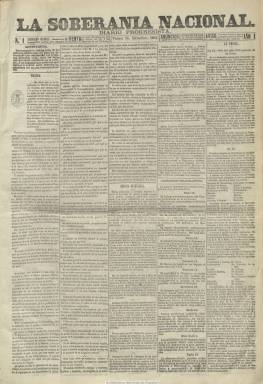
Título: La Soberanía nacional (Madrid. 1864)
Colección: Periódicos
Ámbito geográfico: Madrid
Lugar de publicación: Madrid
Fechas: 16/12/1864-21/06/1866

Fundado y dirigido por Ángel Fernández de los Ríos (1821-1880), aparece el 16 de diciembre de 1864 como “diario progresista”, subtítulo que más tarde desaparecerá de su cabecera. En su artículo de presentación señala que, como defensor del Partido Progresista y de sus ya históricas políticas reformistas, “vale tanto como condenarnos espontáneamente al martirio”, teniendo en cuenta las severas restricciones a la libertad de imprenta del último tramo del reinado isabelino, en donde se sucederán los gobiernos de la Unión Liberal y, más en concreto, el presidido por uno de sus líderes, el general Leopoldo O’Donell (1809-1867).

Este vespertino (que difundirá también ediciones para provincias) es un claro ejemplo de relación entre periodismo y política, dirigido por el que será un relevante miembro de la generación del 68, que dará paso a la última experiencia del revolucionarismo romántico del diecinueve. A Fernández de los Ríos le acompañan como redactores Guillermo Crespo, Eduardo de la Loma, Servando Ruiz Gómez y Eugenio María Hostos, que se retirará en julio de 1865. Como editor responsable aparece Francisco Quelle y Gutiérrez, que después será sustituido por Rufino García Izquierdo.

En ejemplares de cuatro páginas, compuestos a cinco columnas, comienza con un artículo de política, al que le siguen secciones como una revista extranjera, despachos telegráficos, la local, la de espectáculos, la bolsa de Madrid, asuntos varios o un boletín con noticias militares. En el faldón de sus páginas publica un folletín y la última plana la dedica a anuncios por palabras y publicidad comercial. El 23 de septiembre de 1865 su formato aumentará de tamaño.

Al mismo tiempo del pronunciamiento de los sargentos del cuartel de San Gil, el diario será suspendido, siendo el último número de la colección el 477, correspondiente al 21 de junio de 1866. Un tribunal militar dictará pena de muerte contra Fernández de los Ríos, quien es acusado de participar en la sublevación, junto a otros de sus redactores, por lo que tendrá que exiliarse a París, regresando en octubre de ese año para fundar y dirigir Los sucesos.

Cada domingo, Fernández de los Ríos publicará como complemento de su diario (que no aparecía ese día) un semanario con el subtítulo “Lecturas del hogar”, hasta su cese el septiembre de 1865, que distribuirá gratis para sus suscriptores, y que también forma parte de la colección de esta hemeroteca digital de la BNE. También, en 1864, se edita un Almanaque político literario de La soberanía nacional.